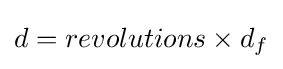
d=revolutions\times d_{f}